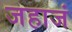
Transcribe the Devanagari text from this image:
जहाजं